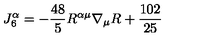
J _ { 6 } ^ { \alpha } = - \frac { 4 8 } { 5 } R ^ { \alpha \mu } \nabla _ { \mu } R + { \frac { 1 0 2 } { 2 5 } }